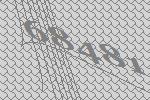
68481